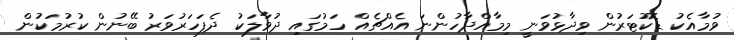
ވުމާއެކު ޑޮކުޓަރުން ވިދާޅުވަނީ މިމާއްދާހުންނަ އެއްޗެއް ހަމުގައި ދުވާލަކު ދެފަހަރުވަރު ބޭނުން ކުރުމަކުން